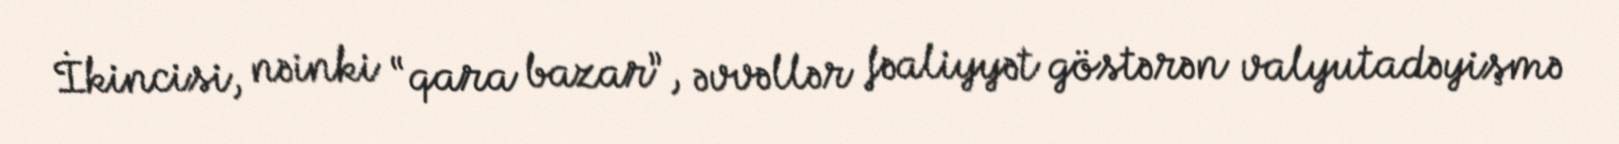
İkincisi, nəinki “qara bazar”, əvvəllər fəaliyyət göstərən valyutadəyişmə